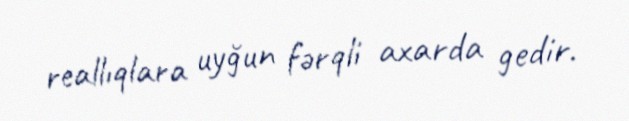
reallıqlara uyğun fərqli axarda gedir.